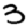
Digit: 3